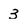
Character: 3